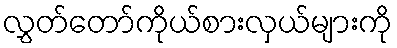
လွှတ်တော်ကိုယ်စားလှယ်များကို